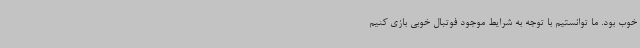
خوب بود. ما توانستیم با توجه به شرایط موجود فوتبال خوبی بازی کنیم